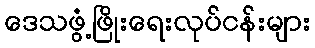
ဒေသဖွံ့ဖြိုးရေးလုပ်ငန်းများ